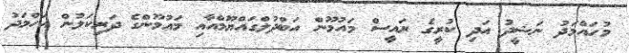
މުހައްމަދު ނަޝީދު އަދި ކުރީގެ ރައީސް މައުމޫން އަބްދުލްގައްޔޫމްއާއި މައުމޫންގެ ދަރިކަލުން އަހްމަދު